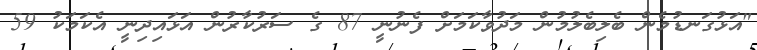
"އަޅުގަނޑުމެން ބެލިބެލުމުން މަދުވާކަމަށް ފެނުނީ 87 ގެ ސަރުކާރުން އަޅައިދިނީ އެކަމަކު 59